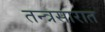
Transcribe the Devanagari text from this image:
तन्त्रसारात